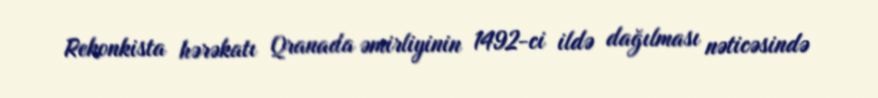
Rekonkista hərəkatı Qranada əmirliyinin 1492-ci ildə dağılması nəticəsində